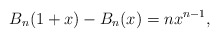
\begin{align*}B_n (1 + x) - B_n (x) = nx^{n - 1}, \end{align*}